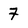
Character: 7